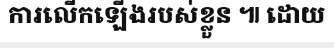
ការលើកឡើងរបស់ខ្លួន ៕ ដោយ